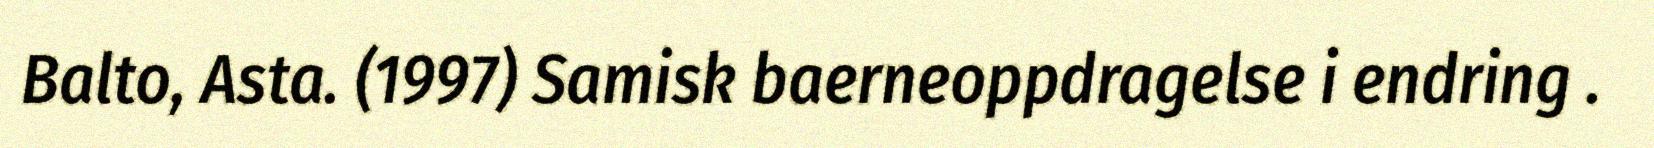
Balto, Asta. (1997) Samisk baerneoppdragelse i endring .